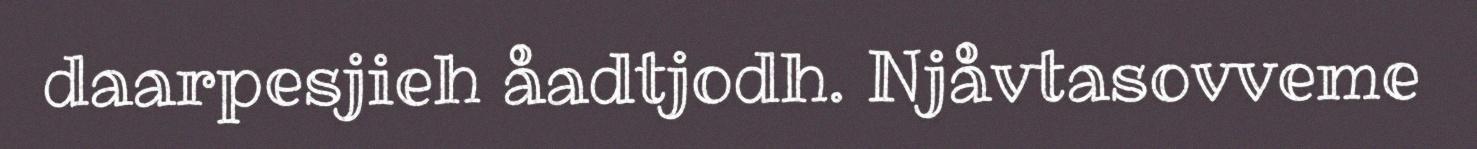
daarpesjieh åadtjodh. Njåvtasovveme